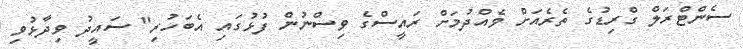
ސެންޓްރަލް ގްރިޑުގެ ތެރެއަށް ވެއްދުމަށް ރައީސްގެ ވިސްނުން ފުޅުގައި އެބަހުރި" ސައީދު ވިދާޅުވި